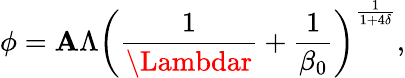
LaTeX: \phi=\mathbf{A}\Lambda\left(\frac{{1}}{{\Lambdar}}+\frac{{1}}{{\beta_{0}}}\right)^{\frac{{1}}{{1+4\delta}}},